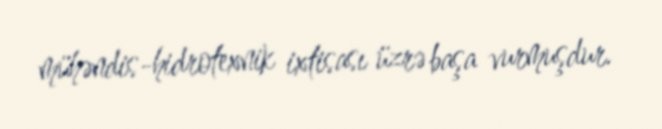
mühəndis-hidrotexnik ixtisası üzrə başa vurmuşdur.